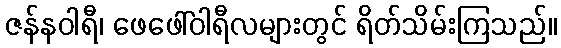
ဇန်နဝါရီ၊ ဖေဖေါ်ဝါရီလများတွင် ရိတ်သိမ်းကြသည်။